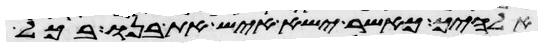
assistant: אלהיך כאשר ישא איש את בנו בכל